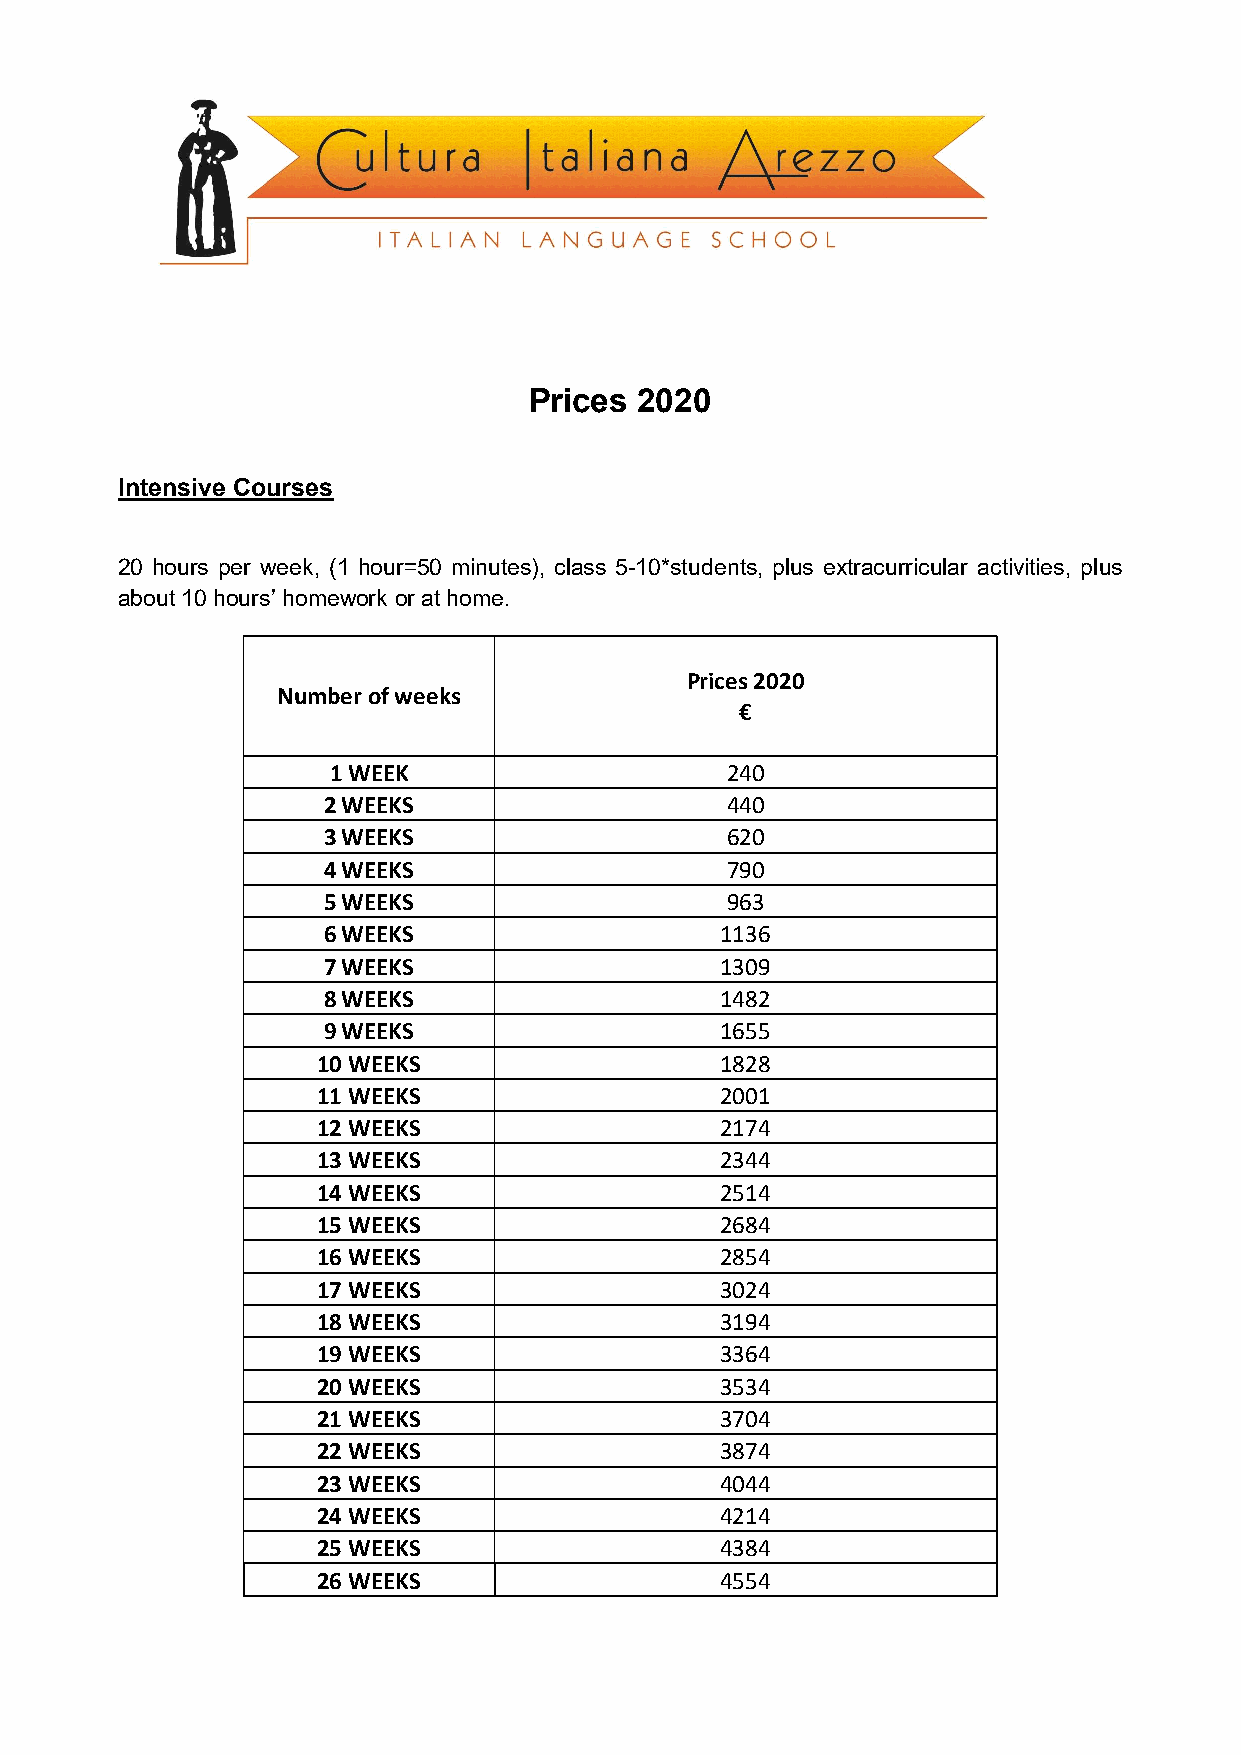
Prices 2020
 Intensive Courses
 20 hours per week, (1 hour=50 minutes), class 5-10*students, plus extracurricular activities, plus
 about 10 hours’ homework or at home.
 Prices 2020
 Number of weeks
 €
 1 WEEK                    240
 2 WEEKS                    440
 3 WEEKS                    620
 4 WEEKS                    790
 5 WEEKS                    963
 6 WEEKS                    1136
 7 WEEKS                    1309
 8 WEEKS                    1482
 9 WEEKS                    1655
 10 WEEKS                   1828
 11 WEEKS                   2001
 12 WEEKS                   2174
 13 WEEKS                   2344
 14 WEEKS                   2514
 15 WEEKS                   2684
 16 WEEKS                   2854
 17 WEEKS                   3024
 18 WEEKS                   3194
 19 WEEKS                   3364
 20 WEEKS                   3534
 21 WEEKS                   3704
 22 WEEKS                   3874
 23 WEEKS                   4044
 24 WEEKS                   4214
 25 WEEKS                   4384
 26 WEEKS                   4554